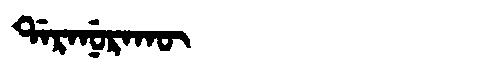
Manchu: ᡩᠠᡵᠠᠨᡠᡵᠠᡴᡡ
Romanization: DARANURAKŪ